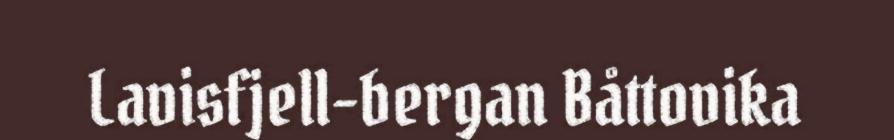
Lavisfjell-bergan Båttovika